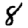
Digit: 8